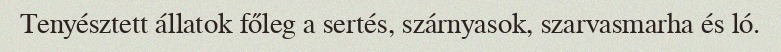
Tenyésztett állatok főleg a sertés, szárnyasok, szarvasmarha és ló.